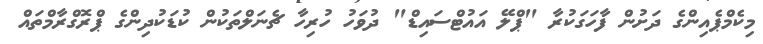
މިކެމްޕެއިންގެ ދަށުން ފާހަގަކުރާ "ޕްލޭ އައުޓްސައިޑް" ދުވަހު ހުރިހާ ޗެނަލްތަކުން ކުޑަކުދިންގެ ޕްރޮގްރާމްތައް